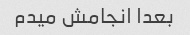
بعدا انجامش میدم